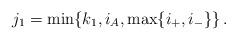
LaTeX: \begin{align*} j_1= \min\{k_1, i_A, \max\{i_+, i_-\}\} \, .\end{align*}